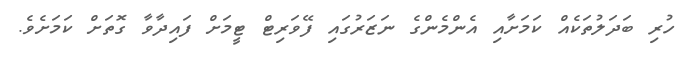
ހުރި ބަދަލުތަކެއް ކަމަށާއި އެންމެންގެ ނަޒަރުގައި ފޭވަރިޓް ޓީމަށް ފައިދާވާ ގޮތަށް ކަމަށެވެ.